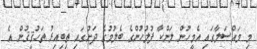
މި މައްސަލާގައި އެމީހުން ލަންކާ ފުލުހުންގެ ބެލުމުގެ ދަށުގައި ތިބިއިރު ތަހުޤީޤުން އެ